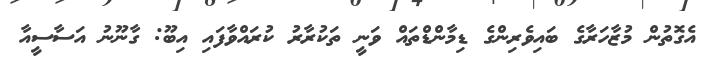
އެގޮތުން މުޒާހަރާގެ ބައިވެރިންގެ ޑިމާންޑްތައް ވަނީ ތަކުރާރު ކުރައްވާފަައި އިބޫ: ގާނޫނު އަސާސީއާ